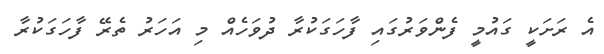
އެ ރަށަކީ ގައުމީ ފެންވަރުގައި ފާހަގަކުރާ ދުވަހެއް މި އަހަރު ތެރޭ ފާހަގަކުރާ